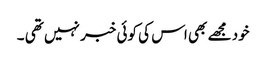
خود مجھے بھی اس کی کوئی خبر نہیں تھی ۔